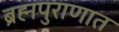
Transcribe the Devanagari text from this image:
ब्रह्मपुराणात